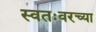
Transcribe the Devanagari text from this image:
स्वतःवरच्या